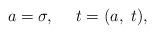
LaTeX: \begin{align*}a=\sigma,\ \ \ \ t=(a,\ t),\end{align*}